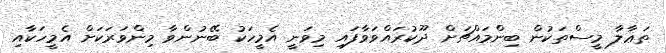
ތަޢާލާ މީސްތަކުން ބިންމައްޗަށް ދޫކުރައްވަވާފައި މިވަނީ އެމީހަކު ބޭނުންވާ މިންވަރަކަށް އެމީހަކާއި